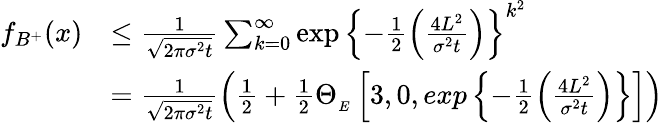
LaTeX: \begin{array}{rl}{f_{B^{+}}(x)}&{\leq\frac{1}{\sqrt{2\pi\sigma^{2}t}}\sum_{k=0}^{\infty}\exp\left\lbrace-\frac{1}{2}\left(\frac{4L^{2}}{\sigma^{2}t}\right)\right\rbrace^{k^{2}}}\\ &{=\frac{1}{\sqrt{2\pi\sigma^{2}t}}\left(\frac{1}{2}+\frac{1}{2}\Theta_{_{E}}\left[3,0,exp\left\lbrace-\frac{1}{2}\left(\frac{4L^{2}}{\sigma^{2}t}\right)\right\rbrace\right]\right)}\end{array}